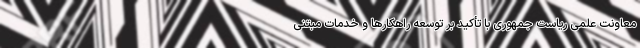
معاونت علمی ریاست جمهوری با تأکید بر توسعه راهکارها و خدمات مبتنی